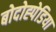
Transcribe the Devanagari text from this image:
बोदोह्पेडिया